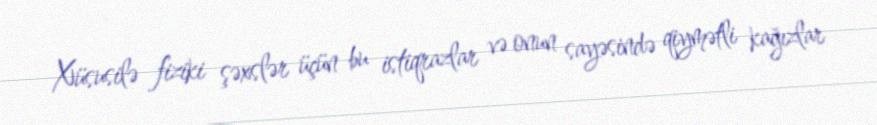
Xüsusilə fiziki şəxslər üçün bu istiqrazlar və onun sayəsində qiymətli kağızlar